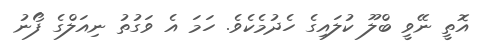
އޮތީ ނޭވީ ބްލޫ ކުލައިގެ ހެދުމެކެވެ. ހަމަ އެ ވަގުތު ނިއަލްގެ ފޯނު